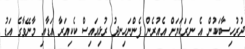
ދުރުހިސާބަކުން އެ ނަރަކަޔަށް އެއުރެން ފެންނަހިނދު ރުޅިއައިސް ކެކިއަރާ އަޑާއި މާނޭވާގެ އަޑު